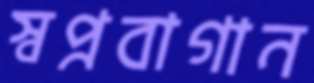
স্বপ্নবাগান